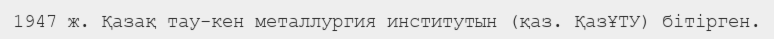
1947 ж. Қазақ тау-кен металлургия институтын (қаз. ҚазҰТУ) бітірген.